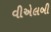
વીએલબી